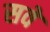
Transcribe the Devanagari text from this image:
सवें